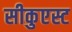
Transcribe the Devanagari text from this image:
सीकुएस्ट